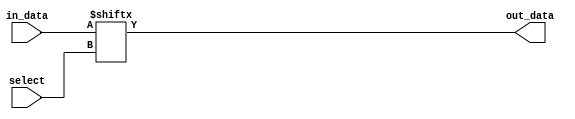
module mux8to1_1bit(out_data,in_data,select);
input [7:0]in_data;
input [2:0] select;
output out_data;

assign out_data = in_data[select];

endmodule